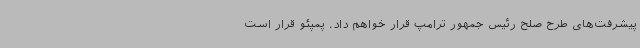
پیشرفت‌های طرح صلح رئیس جمهور ترامپ قرار خواهم داد. پمپئو قرار است